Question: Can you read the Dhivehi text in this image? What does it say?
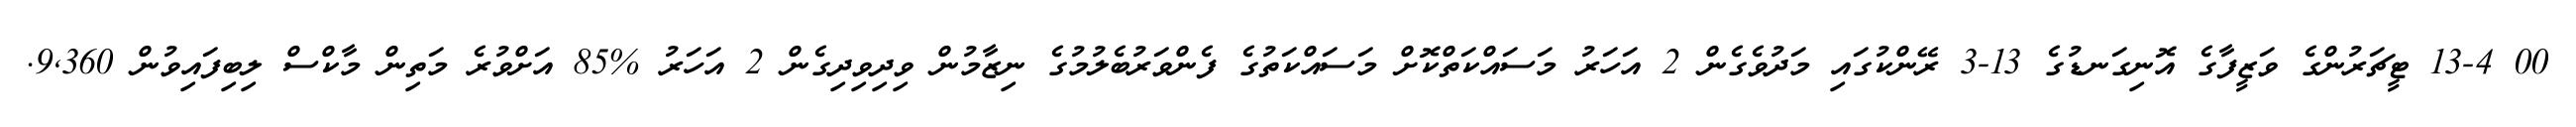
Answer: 00 13-4 ޓީޗަރުންގެ ވަޒީފާގެ އޮނިގަނޑުގެ 13-3 ރޭންކުގައި މަދުވެގެން 2 އަހަރު މަސައްކަތްކޮށް މަސައްކަތުގެ ފެންވަރުބެލުމުގެ ނިޒާމުން ވިދިވިދިގެން 2 އަހަރު %85 އަށްވުރެ މަތިން މާކްސް ލިބިފައިވުން 9,360.